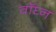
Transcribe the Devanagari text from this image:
वॉघ्न